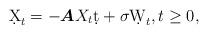
LaTeX: \begin{align*}\d X_t= -\boldsymbol A X_t\d t+\sigma\d W_t, t\geq0,\end{align*}